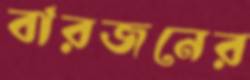
বারজনের